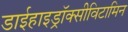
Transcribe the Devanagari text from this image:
डाईहाइड्रॉक्सीविटामिन